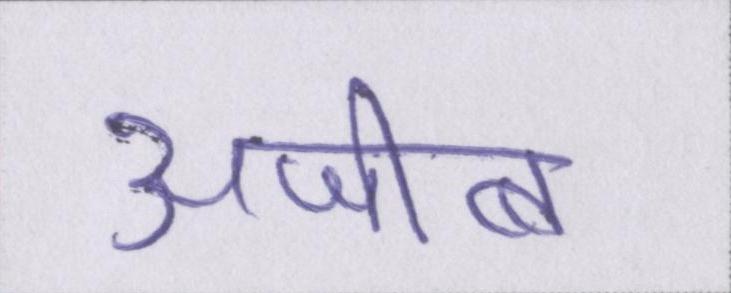
अजीब